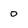
Character: o